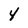
Character: 4